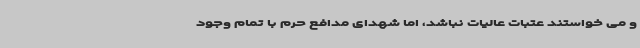
و می خواستند عتبات عالیات نباشد، اما شهدای مدافع حرم با تمام وجود